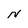
Character: N